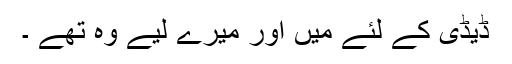
ڈیڈی کے لئے میں اور میرے لیے وہ تھے ۔